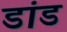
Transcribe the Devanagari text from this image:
डांड